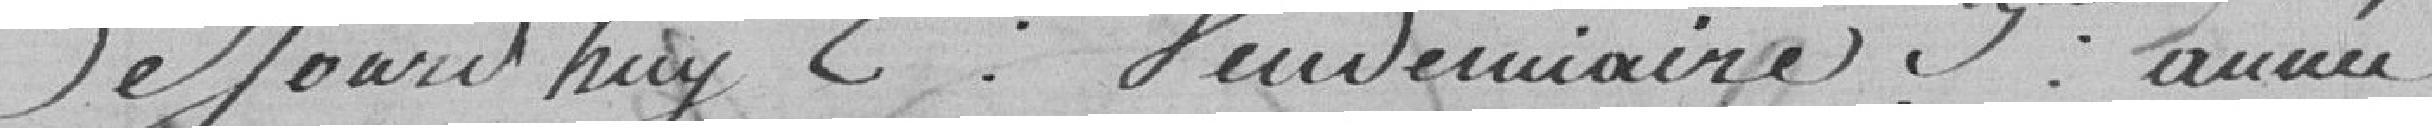
de jourd'huy 2 Vendémiaire 3ème année